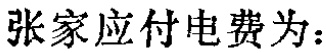
张家应付电费为：